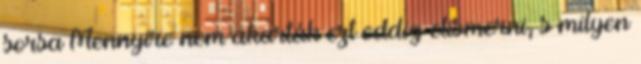
sorsa Mennyire nem akarták ezt eddig elismerni, s milyen